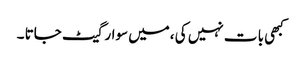
کبھی با ت نہیں کی ،میں سوار گیٹ جاتا ۔